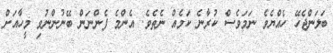
ބަލަންޖެހޭ ހެއްޔެވެ ނަމަވެސް ކުރާނެ ކަމެއް ނެތެވެ. އެންމެ ފެންނަން ބޭނުންނުވި މީހާއަށް